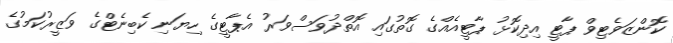
ކޮންޒަވެޓިވް ޕާޓީ އިދިކޮޅު ޕާޓީއެއްގެ ގޮތުގައި އޮތްދުވަސްވަރު އެޕާޓީގެ ހިޔަނި ކެބިނެޓްގެ ވަޒީރުކަމުގެ